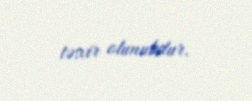
təsvir olunubdur.